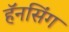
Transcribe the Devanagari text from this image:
हॅनसिंग